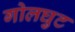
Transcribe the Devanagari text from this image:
गोलघुट